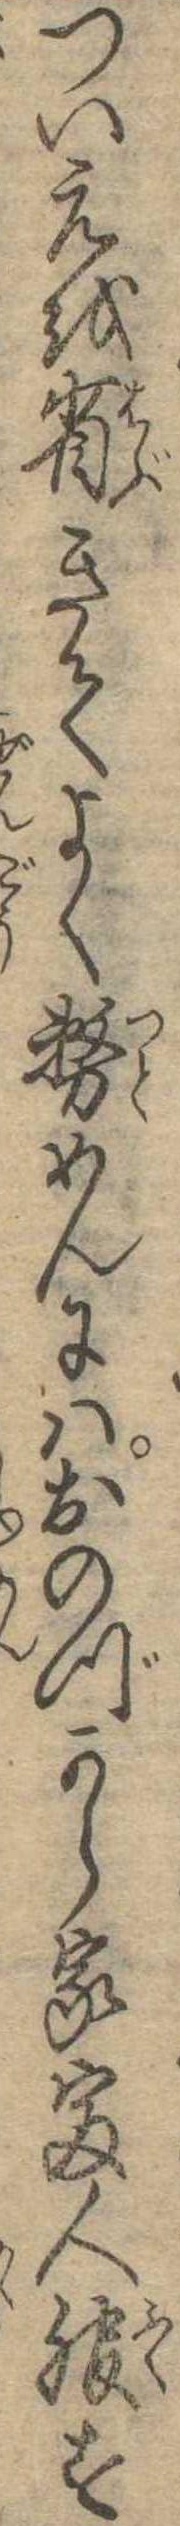
ついえを省きてよく務めんにはおのづから家富人服す